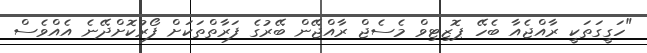
"ހަގީގަތަކީ ރާއްޖެއާ ބެހޭ ޕޮޒިޓިވް މެސެޖް ރާއްޖޭން ބޭރުގެ ފަރާތްތަކަށް ފޯރުކޮށްދޭނެ އެއްވެސް